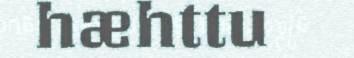
hæhttu